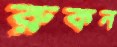
রুকন